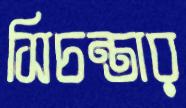
সিচন্তার